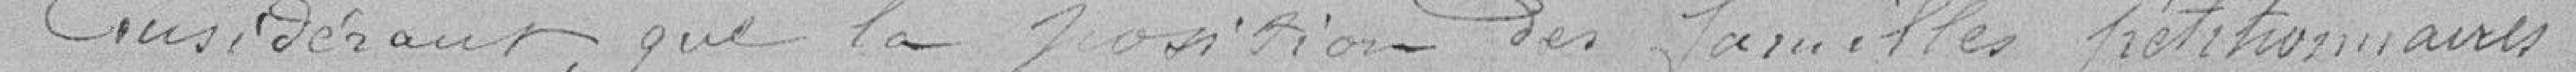
Considérant que la position des familles pétitionnaires